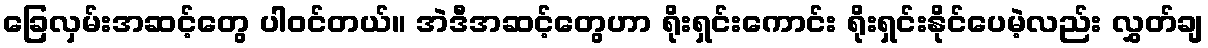
ခြေလှမ်းအဆင့်တွေ ပါဝင်တယ်။ အဲဒီအဆင့်တွေဟာ ရိုးရှင်းကောင်း ရိုးရှင်းနိုင်ပေမဲ့လည်း လွှတ်ချ